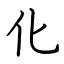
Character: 化